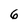
Character: 6